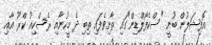
އޮފިޝަލުން ބުނީ "ސްކެފޯލްޑިން"ގައި ތާށިވެފައި ތިބި ދެ މީހުނާއި ރެސްކިއު ކްރޫ އާއި